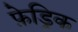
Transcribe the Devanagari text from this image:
फ़ेड्रिक